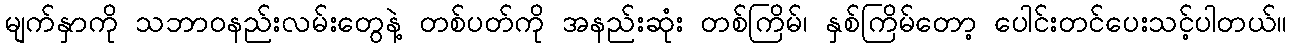
မျက်နှာကို သဘာဝနည်းလမ်းတွေနဲ့ တစ်ပတ်ကို အနည်းဆုံး တစ်ကြိမ်၊ နှစ်ကြိမ်တော့ ပေါင်းတင်ပေးသင့်ပါတယ်။